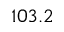
1 0 3 . 2